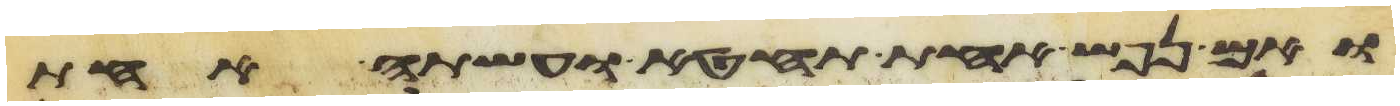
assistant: ואם נפש אחת תחטא ועשתה אחת